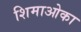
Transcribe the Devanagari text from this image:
शिमाओका